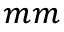
{ _ { m m } }